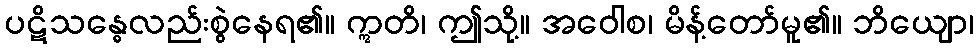
ပဋိသန္ဓေလည်းစွဲနေရ၏။ ဣတိ၊ ဤသို့။ အဝေါစ၊ မိန့်တော်မူ၏။ ဘိယျော၊